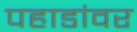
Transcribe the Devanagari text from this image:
पहाडांवर